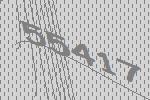
55417